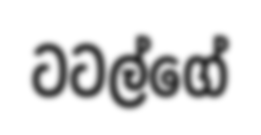
ටටල්ගේ